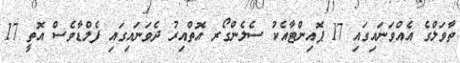
ތާވަލްގެ އެއްވަނައިގައި 17 ޕޮއިންޓާއެކު ސެލެންގޯރ އޮތްއިރު ދެވަނައިގައި ފެލްޑާވެސް އޮތީ 17